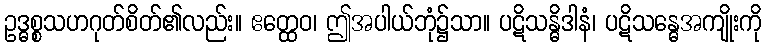
ဥဒ္ဓစ္စသဟဂုတ်စိတ်၏လည်း။ ဧတ္ထေဝ၊ ဤအပါယ်ဘုံ၌သာ။ ပဋိသန္ဓိဒါနံ၊ ပဋိသန္ဓေအကျိုးကို